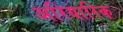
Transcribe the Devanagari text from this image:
अरियारिक